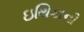
ઇથિકાની